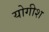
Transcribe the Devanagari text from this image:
योगीश